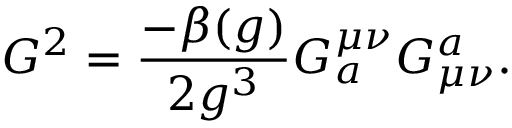
G ^ { 2 } = { \frac { - \beta ( g ) } { 2 g ^ { 3 } } } G _ { a } ^ { { \mu } { \nu } } G _ { { \mu } { \nu } } ^ { a } .